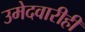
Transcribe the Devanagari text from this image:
उमेदवारीही